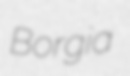
Borgia